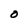
Character: o